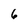
Character: 6